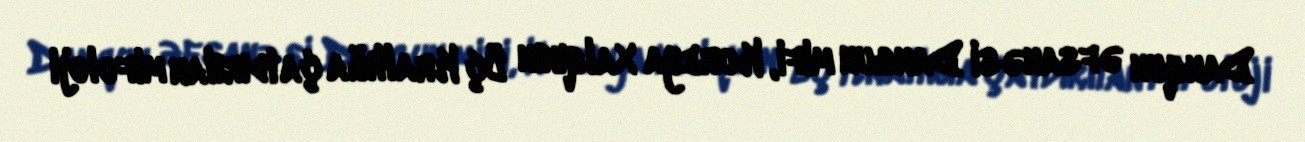
Danqun əfsanəsi Dangun mifi, Koreya Xalqının Üç Krallığa çatdırılan mifoloji